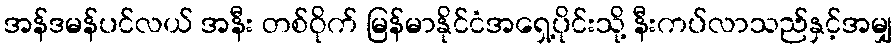
အန်ဒမန်ပင်လယ် အနီး တစ်ဝိုက် မြန်မာနိုင်ငံအရှေ့ပိုင်းသို့ နီးကပ်လာသည်နှင့်အမျှ